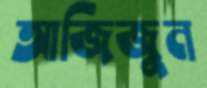
আজিজুন